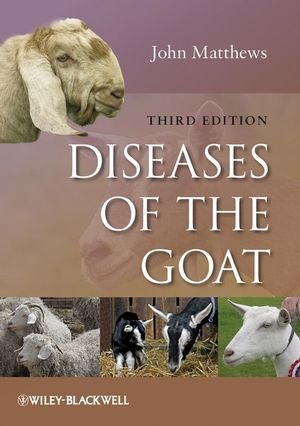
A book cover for Diseases of the Goat; John G. Matthews; Medical Books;